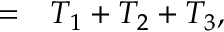
\begin{array} { r l } { = } & { { } T _ { 1 } + T _ { 2 } + T _ { 3 } , } \end{array}